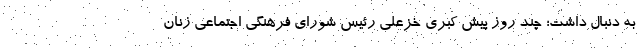
به دنبال داشت؛ چند روز پیش کبری خزعلی رئیس شورای فرهنگی اجتماعی زنان